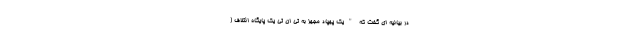
در بیانیه ای گفت که "یک پهپاد مجهز به تی ان تی یک پایگاه ائتلاف (